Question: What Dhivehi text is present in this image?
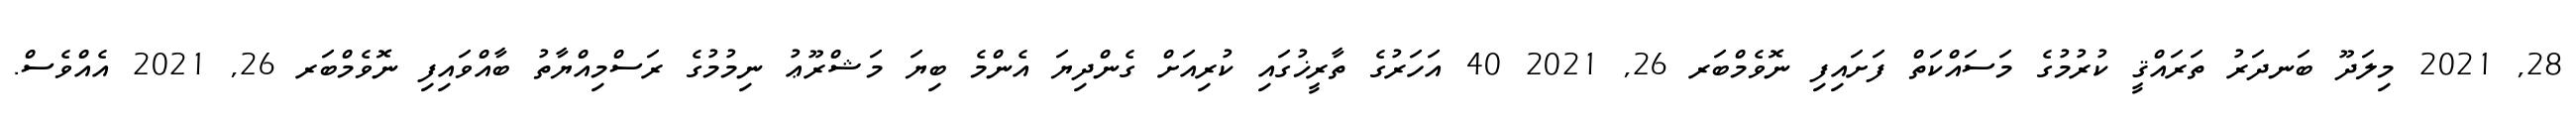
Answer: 28, 2021 މިލަދޫ ބަނދަރު ތަރައްޤީ ކުރުމުގެ މަސައްކަތް ފަށައިފި ނޮވެމްބަރ 26, 2021 40 އަހަރުގެ ތާރީޚުގައި ކުރިއަށް ގެންދިޔަ އެންމެ ބިޔަ މަޝްރޫޢު ނިމުމުގެ ރަސްމިއްޔާތު ބާއްވައިފި ނޮވެމްބަރ 26, 2021 އެއްވެސް.